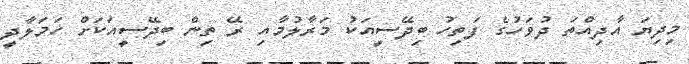
މިދިޔަ އާދިއްތަ ދުވަހުގެ ފަތިހު ބިދޭސީއަކު މަރާލުމާއި ރޭ ތިން ބިދޭސީއަކަށް ހަމަލާދީ